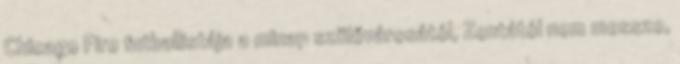
Chicago Fire futballistája a minap szülővárosától, Zentától nem messze,